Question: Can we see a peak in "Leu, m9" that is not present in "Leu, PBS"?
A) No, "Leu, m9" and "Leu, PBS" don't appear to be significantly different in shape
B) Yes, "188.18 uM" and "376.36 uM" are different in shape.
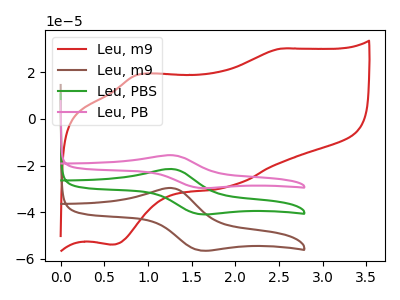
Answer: <think>The red curve "Leu, m9" has anodic peaks at (2.50V, 30.10uA) (0.90V, 18.90uA) and cathodic peaks at (1.90V, -29.00uA) (0.60V, -53.85uA). The brown curve "Leu, m9" has an anodic peak at (1.25V, -29.65uA) and a cathodic peak at (1.60V, -56.35uA). The green curve "Leu, PBS" has an anodic peak at (1.25V, -21.50uA) and a cathodic peak at (1.60V, -40.85uA). The pink curve "Leu, PB" has an anodic peak at (1.25V, -42.95uA) and a cathodic peak at (1.60V, -81.65uA).
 All the peaks in "Leu, m9" have a peak in "Leu, PBS" at the same potential.</think>
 <answer>A) No, "Leu, m9" and "Leu, PBS" don't appear to be significantly different in shape</answer>
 <eval>A</eval>